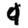
Digit: 9